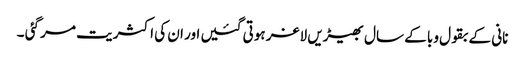
نانی کے بقول وبا کے سال بھیڑیں لاغر ہوتی گئیں اور ان کی اکثریت مر گئی ۔